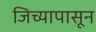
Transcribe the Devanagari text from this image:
जिच्यापासून